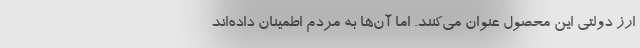
ارز دولتی این محصول عنوان می‌کنند. اما آن‌ها به مردم اطمینان داده‌اند